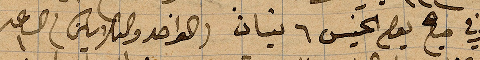
وفي صباح يوم الخميس ٦ نيسان (الواحد والثلاثين) الساعة ١